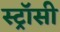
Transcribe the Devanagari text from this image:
स्ट्रॉसी